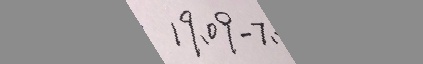
1 9 、 0 9 - 7 、